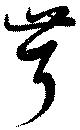
茸